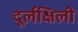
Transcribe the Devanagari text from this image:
दूर्लक्षिली